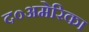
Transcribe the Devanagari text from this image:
द०अमेरिका